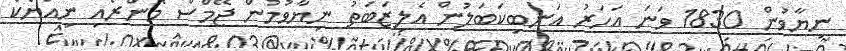
ނިޔާވުން 1830 ވަނަ އަހަރު އަނބިކަބަލުން އެލިޒަބަތު ނިޔާވުމުން ޖޭމްސް މޮންރޯއި ނިއުޔޯކް